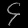
Digit: ၄